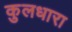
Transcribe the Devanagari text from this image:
कुलधारा